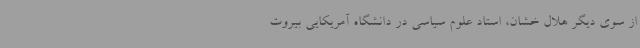
از سوی دیگر هلال خشان، استاد علوم سیاسی در دانشگاه آمریکایی بیروت